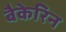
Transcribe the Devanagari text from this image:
बैकेरिन